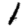
Digit: 1